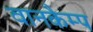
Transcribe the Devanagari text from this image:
वानकैम्प